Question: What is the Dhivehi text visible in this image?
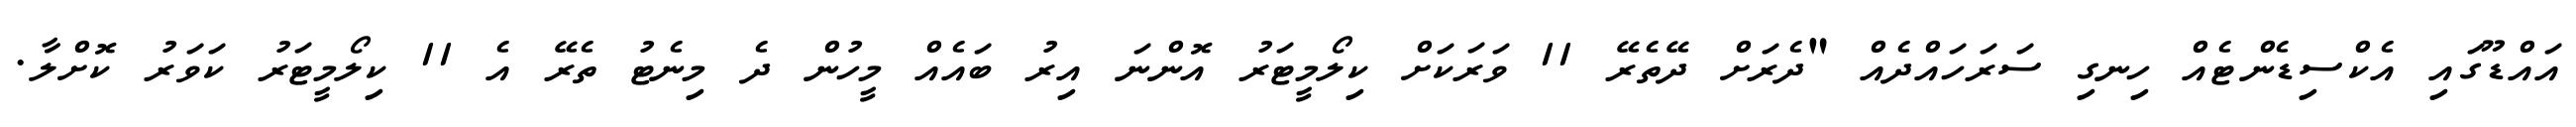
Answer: އައްޑޫގައި އެކްސިޑެންޓެއް ހިނގި ސަރަހައްދެއް "ދެރަށް ދޭތެރޭ 11 ވަރަކަށް ކިލޯމީޓަރު އޮންނަ އިރު ބައެއް މީހުން ދެ މިނެޓު ތެރޭ އެ 11 ކިލޯމީޓަރު ކަވަރު ކޮށްލާ.